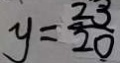
y = \frac { 2 3 } { 2 0 }